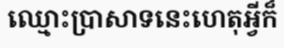
ឈ្មោះប្រាសាទនេះហេតុអ្វីក៏